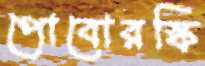
পোবোরস্কি